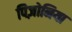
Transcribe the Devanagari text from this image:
पिज़ोनिया